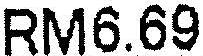
RM6.69